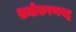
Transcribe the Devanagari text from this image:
समीकरणबद्ध